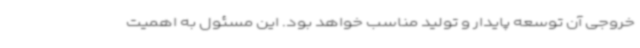
خروجی آن توسعه پایدار و تولید مناسب خواهد بود. این مسئول به اهمیت